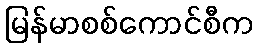
မြန်မာစစ်ကောင်စီက